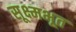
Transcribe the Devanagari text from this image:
सूक्ष्मभूत